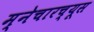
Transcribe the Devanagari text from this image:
म्नेचारच्यूस